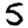
Digit: 5